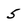
Character: 5